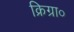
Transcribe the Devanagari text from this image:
क्रिग्रा०